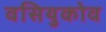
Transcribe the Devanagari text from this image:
वसियुकोव